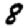
Digit: 8